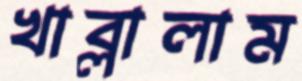
খাব্‌লালাম